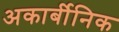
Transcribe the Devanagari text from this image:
अकार्बीनिक